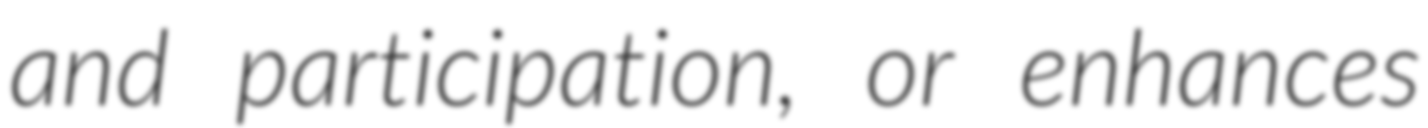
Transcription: and participation, or enhances